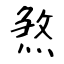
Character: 煞